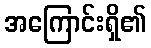
အကြောင်းရှိ၏